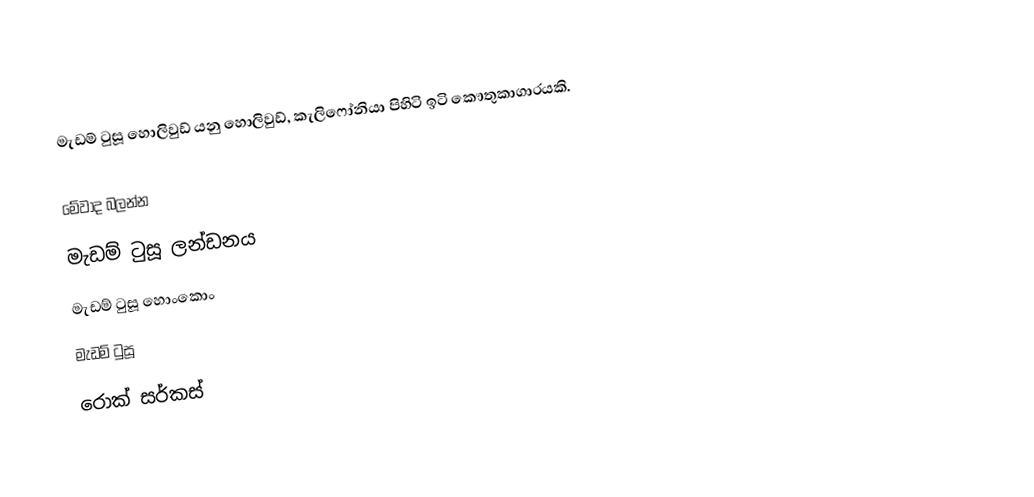
මැඩම් ටුසූ හොලිවුඩ් යනු හොලිවුඩ්, කැලිෆෝනියා පිහිටි ඉටි කෞතුකාගාරයකි.

මේවාද බලන්න
 මැඩම් ටුසූ ලන්ඩනය
 මැඩම් ටුසූ හොංකොං
 මැඩම් ටුසූ
 රොක් සර්කස්